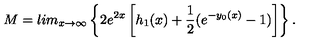
M = l i m _ { x \rightarrow \infty } \left\{ 2 e ^ { 2 x } \left[ h _ { 1 } ( x ) + \frac { 1 } { 2 } ( e ^ { - y _ { 0 } ( x ) } - 1 ) \right] \right\} .